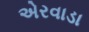
એરવાડા